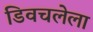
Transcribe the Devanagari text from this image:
डिवचलेला